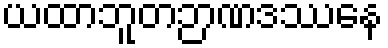
ယထာဘူတဉာဏဒဿနေ